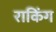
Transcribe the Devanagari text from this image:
राकिंग